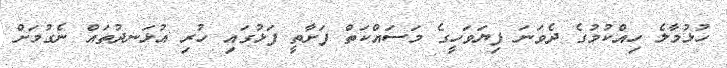
ހުޅުމާލެ ހިއްކުމުގެ ދެވަނަ ފިޔަވަހީގެ މަސައްކަތް ފަށާތީ ފަޅުގައި ހުރި އުޅަނދުތައް ނެގުމަށް